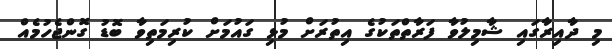
މި ދާއިރާގައި ޝާމިލުވާ ފަރާތްތަކުގެ އިތުރަށް މުޅި ގައުމަށް ކުރިމަތިވާ ބޮޑު ގޮންޖެހުމެއް